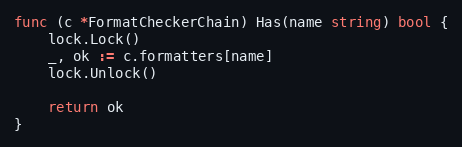
Language: Go
func (c *FormatCheckerChain) Has(name string) bool {
	lock.Lock()
	_, ok := c.formatters[name]
	lock.Unlock()

	return ok
}